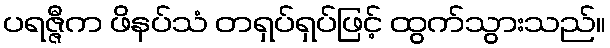
ပရဇ္ဇီက ဖိနပ်သံ တရှပ်ရှပ်ဖြင့် ထွက်သွားသည်။